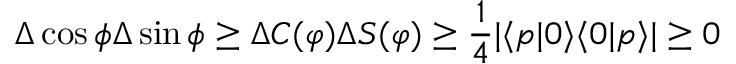
\Delta \cos \phi \Delta \sin \phi \geq \Delta C ( \varphi ) \Delta S ( \varphi ) \geq \frac { 1 } { 4 } | \langle p | 0 \rangle \langle 0 | p \rangle | \geq 0